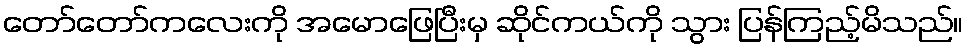
တော်တော်ကလေးကို အမောဖြေပြီးမှ ဆိုင်ကယ်ကို သွား ပြန်ကြည့်မိသည်။